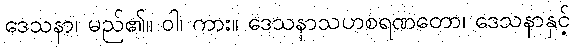
ဒေသနာ၊ မည်၏။ ဝါ၊ ကား။ ဒေသနာသဟစရဏတော၊ ဒေသနာနှင့်